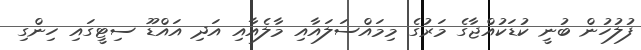
ފުލުހުން ބުނީ ކުޑަކުއްޖާގެ މަރުގެ މިމައްސަލައާއި މާލެއާއި އަދި އައްޑޫ ސިޓީގައި ހިންގި